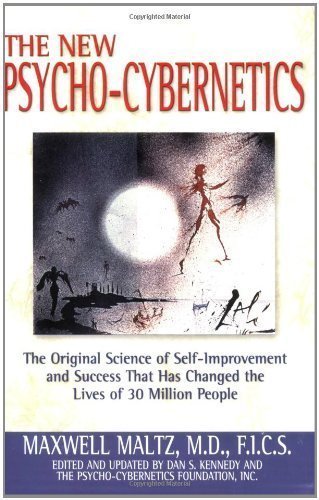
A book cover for New Psycho-Cybernetics Updated Edition by Maltz, Maxwell [2002]; Computers & Technology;